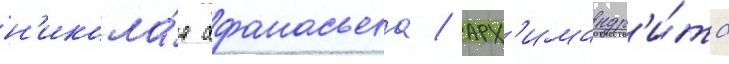
н'икола́я афанасьева / арх'имандр'и́та